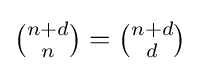
{\textstyle {\binom {n+d}{n}}={\binom {n+d}{d}}}